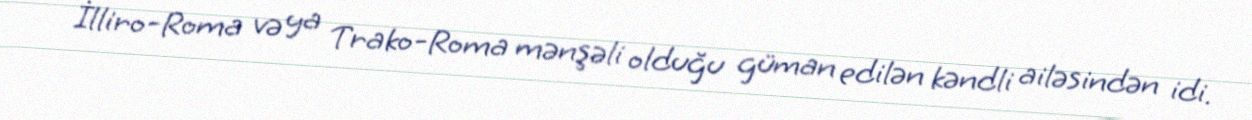
İlliro-Roma və ya Trako-Roma mənşəli olduğu güman edilən kəndli ailəsindən idi.